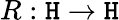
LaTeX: R:\mathtt{H}\rightarrow\mathtt{H}